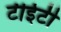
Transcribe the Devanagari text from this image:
टीईटी